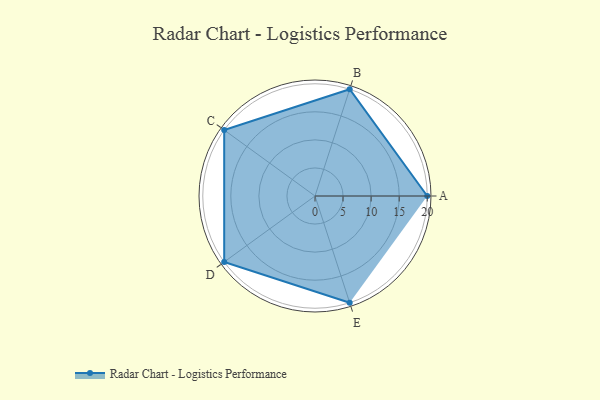
{"axis": {"x": "Skill", "y": "Score"}, "legend": ["Profile"], "data": [{"x": "A", "y": 20, "type": "Profile"}, {"x": "B", "y": 20, "type": "Profile"}, {"x": "C", "y": 20, "type": "Profile"}, {"x": "D", "y": 20, "type": "Profile"}, {"x": "E", "y": 20, "type": "Profile"}]}